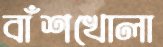
বাঁশখোলা